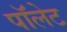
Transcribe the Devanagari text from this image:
पॉलेट